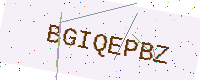
Text: BGIQEPBZ